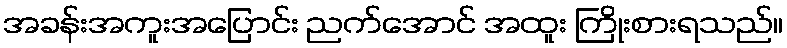
အခန်းအကူးအပြောင်း ညက်အောင် အထူး ကြိုးစားရသည်။